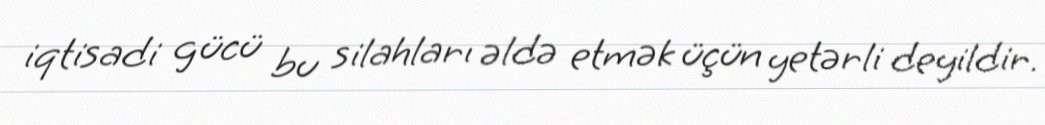
iqtisadi gücü bu silahları əldə etmək üçün yetərli deyildir.